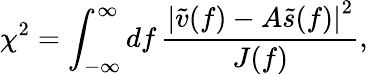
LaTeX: \chi^{2}=\int_{-\infty}^{\infty}\mathop{df}\frac{\left|\tilde{v}(f)-A\tilde{s}(f)\right|^{2}}{J(f)},